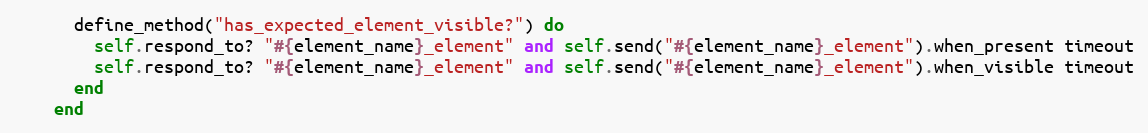
Language: Ruby
      define_method("has_expected_element_visible?") do
        self.respond_to? "#{element_name}_element" and self.send("#{element_name}_element").when_present timeout
        self.respond_to? "#{element_name}_element" and self.send("#{element_name}_element").when_visible timeout
      end
    end